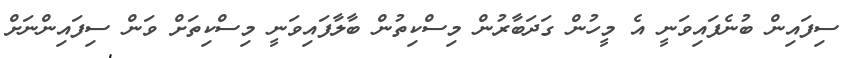
ސިފައިން ބުނެފައިވަނީ އެ މީހުން ގަދަބާރުން މިސްކިތުން ބާލާފައިވަނީ މިސްކިތަށް ވަން ސިފައިންނަށް